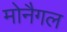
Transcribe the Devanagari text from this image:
मोनैगल